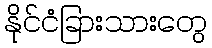
နိုင်ငံခြားသားတွေ